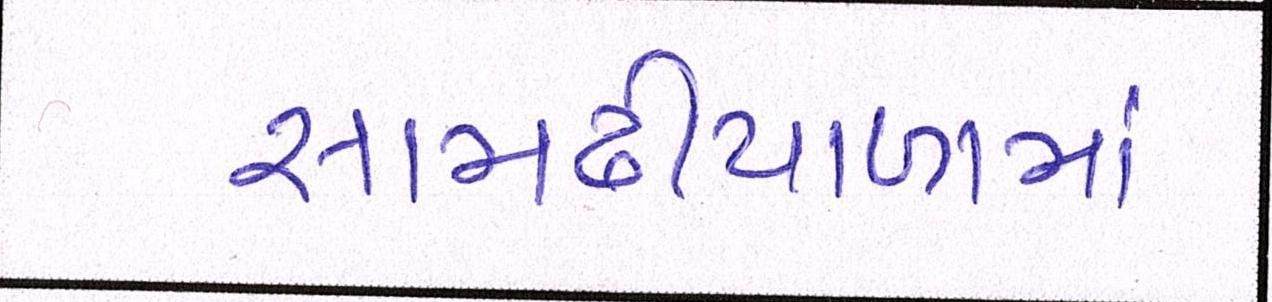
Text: સામઢીયાળામાં